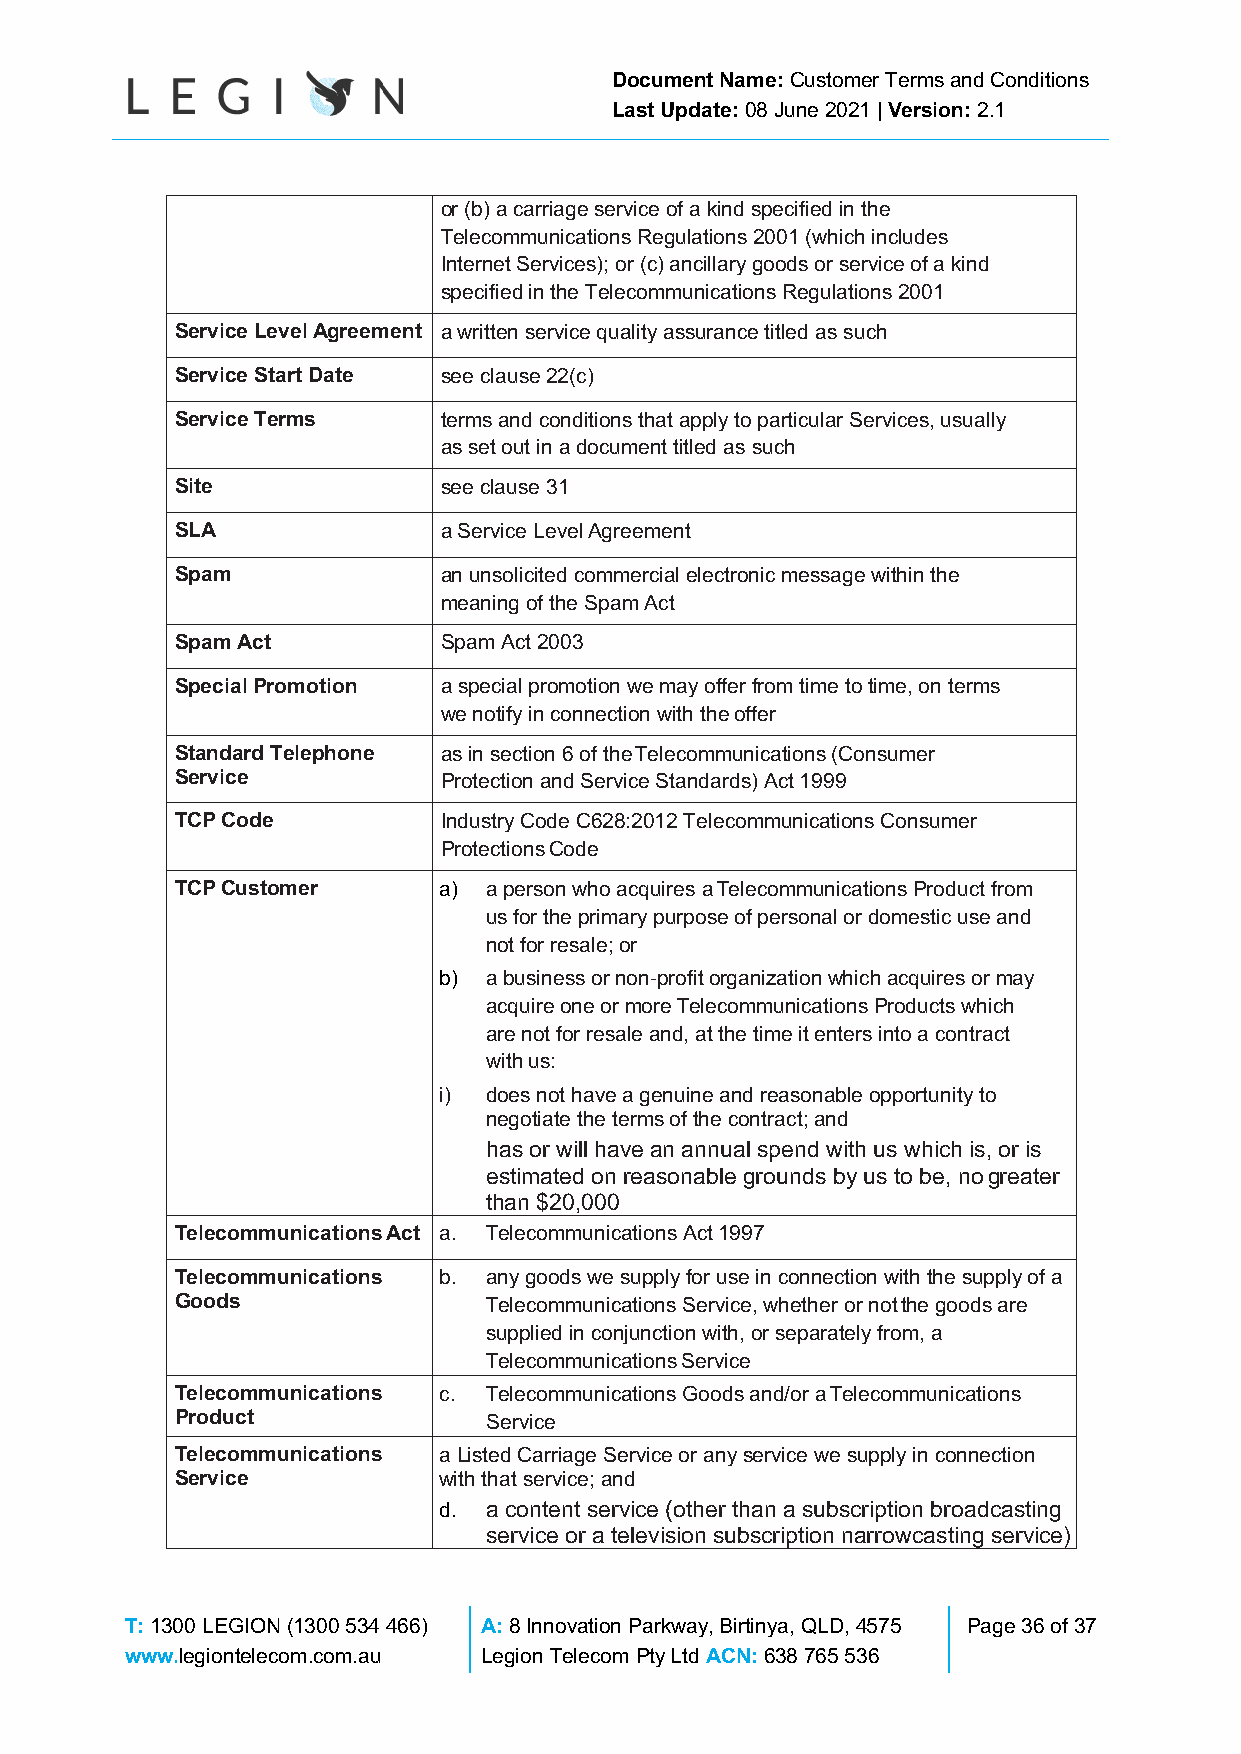
Document Name: Customer Terms and Conditions
 Last Update: 08 June 2021 | Version: 2.1
 or (b) a carriage service of a kind specified in the
 Telecommunications Regulations 2001 (which includes
 Internet Services); or (c) ancillary goods or service of a kind
 specified in the Telecommunications Regulations 2001
 Service Level Agreement a written service quality assurance titled as such
 Service Start Date see clause 22(c)
 Service Terms    terms and conditions that apply to particular Services, usually
 as set out in a document titled as such
 Site             see clause 31
 SLA              a Service Level Agreement
 Spam             an unsolicited commercial electronic message within the
 meaning of the Spam Act
 Spam Act         Spam Act 2003
 Special Promotion a special promotion we may offer from time to time, on terms
 we notify in connection with the offer
 Standard Telephone as in section 6 of the Telecommunications (Consumer
 Service          Protection and Service Standards) Act 1999
 TCP Code         Industry Code C628:2012 Telecommunications Consumer
 Protections Code
 TCP Customer     a) a person who acquires a Telecommunications Product from
 us for the primary purpose of personal or domestic use and
 not for resale; or
 b) a business or non-profit organization which acquires or may
 acquire one or more Telecommunications Products which
 are not for resale and, at the time it enters into a contract
 with us:
 i) does not have a genuine and reasonable opportunity to
 negotiate the terms of the contract; and
 has or will have an annual spend with us which is, or is
 estimated on reasonable grounds by us to be, no greater
 than $20,000
 Telecommunications Act a. Telecommunications Act 1997
 Telecommunications b. any goods we supply for use in connection with the supply of a
 Goods               Telecommunications Service, whether or not the goods are
 supplied in conjunction with, or separately from, a
 Telecommunications Service
 Telecommunications c. Telecommunications Goods and/or a Telecommunications
 Product             Service
 Telecommunications a Listed Carriage Service or any service we supply in connection
 Service          with that service; and
 d. a content service (other than a subscription broadcasting
 service or a television subscription narrowcasting service)
 T: 1300 LEGION (1300 534 466) A: 8 Innovation Parkway, Birtinya, QLD, 4575 Page 36 of 37
 www.legiontelecom.com.au Legion Telecom Pty Ltd ACN: 638 765 536